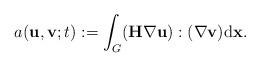
LaTeX: \begin{align*}a(\mathbf{u}, \mathbf{v}; t) :=\int_{G} (\mathbf{H} \nabla \mathbf{u}) : (\nabla \mathbf{v}) \mathrm{d}\mathbf{x}. \end{align*}